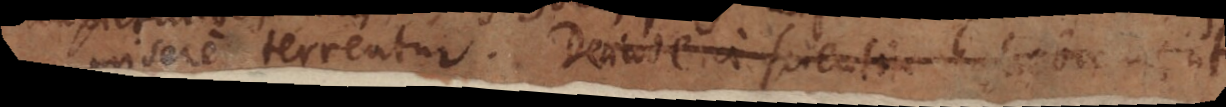
sere terrentur. Deinde a scientia